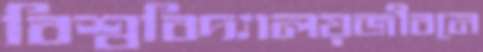
বিশ্ববিদ্যালয়জীবনে